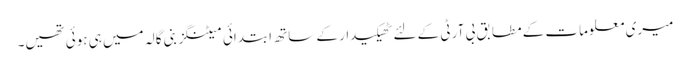
میری معلومات کے مطابق بی آر ٹی کے لئے ٹھیکیدار کے ساتھ ابتدائی میٹنگز بنی گالہ میں ہی ہوئی تھیں۔